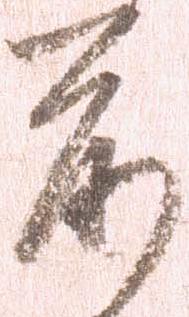
前